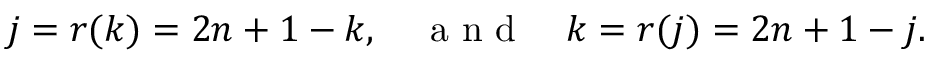
j = r ( k ) = 2 n + 1 - k , \quad \mathrm { ~ a ~ n ~ d ~ } \quad k = r ( j ) = 2 n + 1 - j .